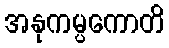
အနုကမ္ပကောတိ